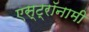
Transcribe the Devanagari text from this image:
एस्‍ट्रॉनामी